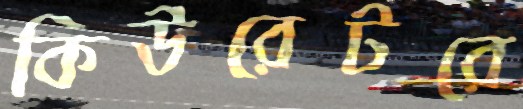
কিউরেটরে